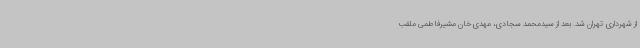
از شهرداری تهران شد. بعد از سیدمحمد سجادی، مهدی‌خان مشیرفاطمی ملقب